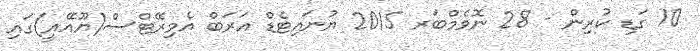
10 ގަޑި ކުރިން - 28 ނޮވެމްބަރ 2015 ޔުނައިޓެޑް އަރަބް އެމިރޭޓްސް(ޔޫއޭއީ)ގައި